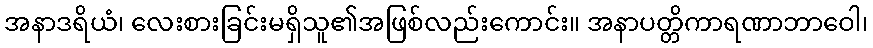
အနာဒရိယံ၊ လေးစားခြင်းမရှိသူ၏အဖြစ်လည်းကောင်း။ အနာပတ္တိကာရဏာဘာဝေါ၊